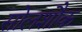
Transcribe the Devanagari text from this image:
सोलशौक